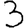
Digit: 3